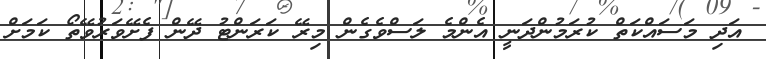
އަދި މަސައްކަތް ކުރަމުންދަނީ އެންމެ ލަސްވެގެން މިރޭ ކަރަންޓު ދޭން ފެށޭވަރުވޭތޯ ކަމަށް